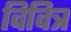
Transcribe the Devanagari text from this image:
विवित्र